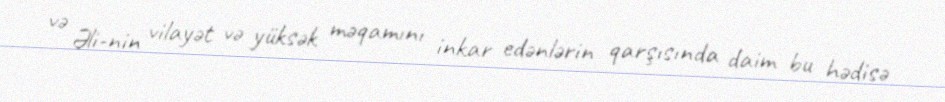
və Əli-nin vilayət və yüksək məqamını inkar edənlərin qarşısında daim bu hədisə